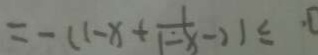
= - ( 1 - x + \frac { 1 } { 1 - x } - 2 ) \leq